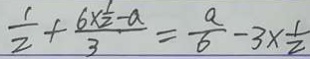
\frac { 1 } { 2 } + \frac { 6 \times \frac { 1 } { 2 } - a } { 3 } = \frac { a } { 6 } - 3 \times \frac { 1 } { 2 }